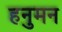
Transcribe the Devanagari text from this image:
हनुमन